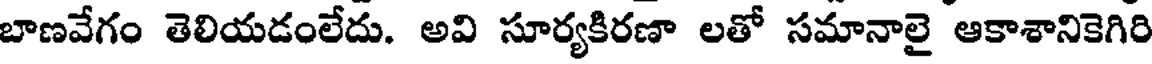
బాణవేగం తెలియడంలేదు. అవి సూర్యకిరణా లతో సమానాలై అకాశానికెగిరి